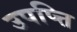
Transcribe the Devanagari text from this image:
उपप्त्ति